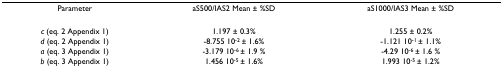
| Parameter | aS500/IAS2 Mean ± %SD | aS1000/IAS3 Mean ± %SD |
 | --- | --- | --- |
 | c (eq. 2 Appendix 1) | 1.197 ± 0.3% | 1.255 ± 0.2% |
 | d (eq. 2 Appendix 1) | -8.755 10-2 ± 1.6% | -1.121 10-1 ± 1.1% |
 | a (eq. 3 Appendix 1) | -3.179 10-6 ± 1.9 % | -4.29 10-6 ± 1.6 % |
 | b (eq. 3 Appendix 1) | 1.456 10-5 ± 1.6% | 1.993 10-5 ± 1.2% |